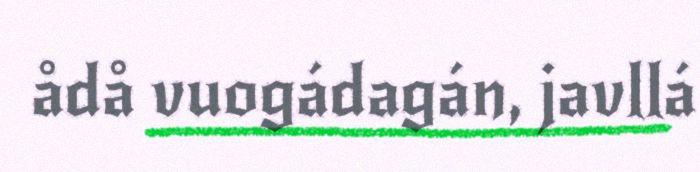
ådå vuogádagán, javllá